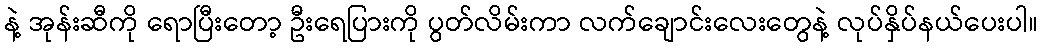
နဲ့ အုန်းဆီကို ရောပြီးတော့ ဦးရေပြားကို ပွတ်လိမ်းကာ လက်ချောင်းလေးတွေနဲ့ လုပ်နှိပ်နယ်ပေးပါ။